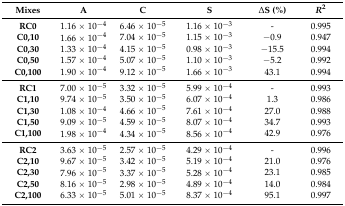
| Mixes | A | C | S | ΔS (%) | R2 |
 | --- | --- | --- | --- | --- | --- |
 | RC0 | 1.16 × 10−4 | 6.46 × 10−5 | 1.16 × 10−3 | - | 0.995 |
 | C0,10 | 1.66 × 10−4 | 7.04 × 10−5 | 1.15 × 10−3 | −0.9 | 0.947 |
 | C0,30 | 1.33 × 10−4 | 4.15 × 10−5 | 0.98 × 10−3 | −15.5 | 0.994 |
 | C0,50 | 1.57 × 10−4 | 5.07 × 10−5 | 1.10 × 10−3 | −5.2 | 0.992 |
 | C0,100 | 1.90 × 10−4 | 9.12 × 10−5 | 1.66 × 10−3 | 43.1 | 0.994 |
 | RC1 | 7.00 × 10−5 | 3.32 × 10−5 | 5.99 × 10−4 | - | 0.993 |
 | C1,10 | 9.74 × 10−5 | 3.50 × 10−5 | 6.07 × 10−4 | 1.3 | 0.986 |
 | C1,30 | 1.08 × 10−4 | 4.66 × 10−5 | 7.61 × 10−4 | 27.0 | 0.988 |
 | C1,50 | 9.09 × 10−5 | 4.59 × 10−5 | 8.07 × 10−4 | 34.7 | 0.993 |
 | C1,100 | 1.98 × 10−4 | 4.34 × 10−5 | 8.56 × 10−4 | 42.9 | 0.976 |
 | RC2 | 3.63 × 10−5 | 2.57 × 10−5 | 4.29 × 10−4 | - | 0.996 |
 | C2,10 | 9.67 × 10−5 | 3.42 × 10−5 | 5.19 × 10−4 | 21.0 | 0.976 |
 | C2,30 | 7.96 × 10−5 | 3.37 × 10−5 | 5.28 × 10−4 | 23.1 | 0.985 |
 | C2,50 | 8.16 × 10−5 | 2.98 × 10−5 | 4.89 × 10−4 | 14.0 | 0.984 |
 | C2,100 | 6.33 × 10−5 | 5.01 × 10−5 | 8.37 × 10−4 | 95.1 | 0.997 |